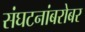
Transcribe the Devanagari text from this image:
संघटनांबरोबर